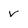
Character: v